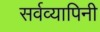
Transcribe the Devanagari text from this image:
सर्वव्यापिनी